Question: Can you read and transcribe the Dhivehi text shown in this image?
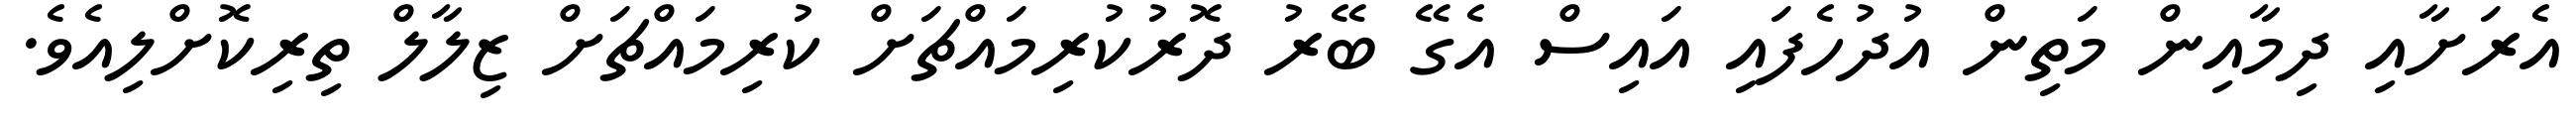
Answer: އެރަށާއި ދިމާއިން މަތިން އުދުހެފައި އައިސް އެގޭ ބޭރު ދޮރުކުރިމައްޗަށް ކުރިމައްޗަށް ޒިލާލް ތިރިކޮށްލިއެވެ.